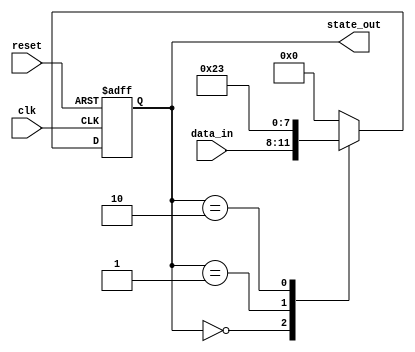
module negative_edge_example (
    input wire clk,          // Clock signal (triggering signal)
    input wire reset,        // Asynchronous reset signal
    input wire [3:0] data_in, // 4-bit input data
    output reg [3:0] state_out // 4-bit output state
);

// Initialize state
initial begin
    state_out = 4'b0000; // Set initial state
end

// Sequential process sensitive to negative edge of the clock
always @(negedge clk or posedge reset) begin
    if (reset) begin
        // Handle reset condition
        state_out <= 4'b0000; // Reset the state output
    end else begin
        // State transition logic
        case (state_out)
            4'b0000: state_out <= data_in; // Transition to input data
            4'b0001: state_out <= 4'b0010; // Example of state transition
            4'b0010: state_out <= 4'b0011; // Example of state transition
            4'b0011: state_out <= 4'b0000; // Wrap around to initial state
            default: state_out <= 4'b0000; // Default case
        endcase
    end
end

endmodule